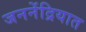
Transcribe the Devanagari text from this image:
जननेंद्रियात